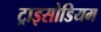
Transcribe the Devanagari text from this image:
ट्राइसोडियम